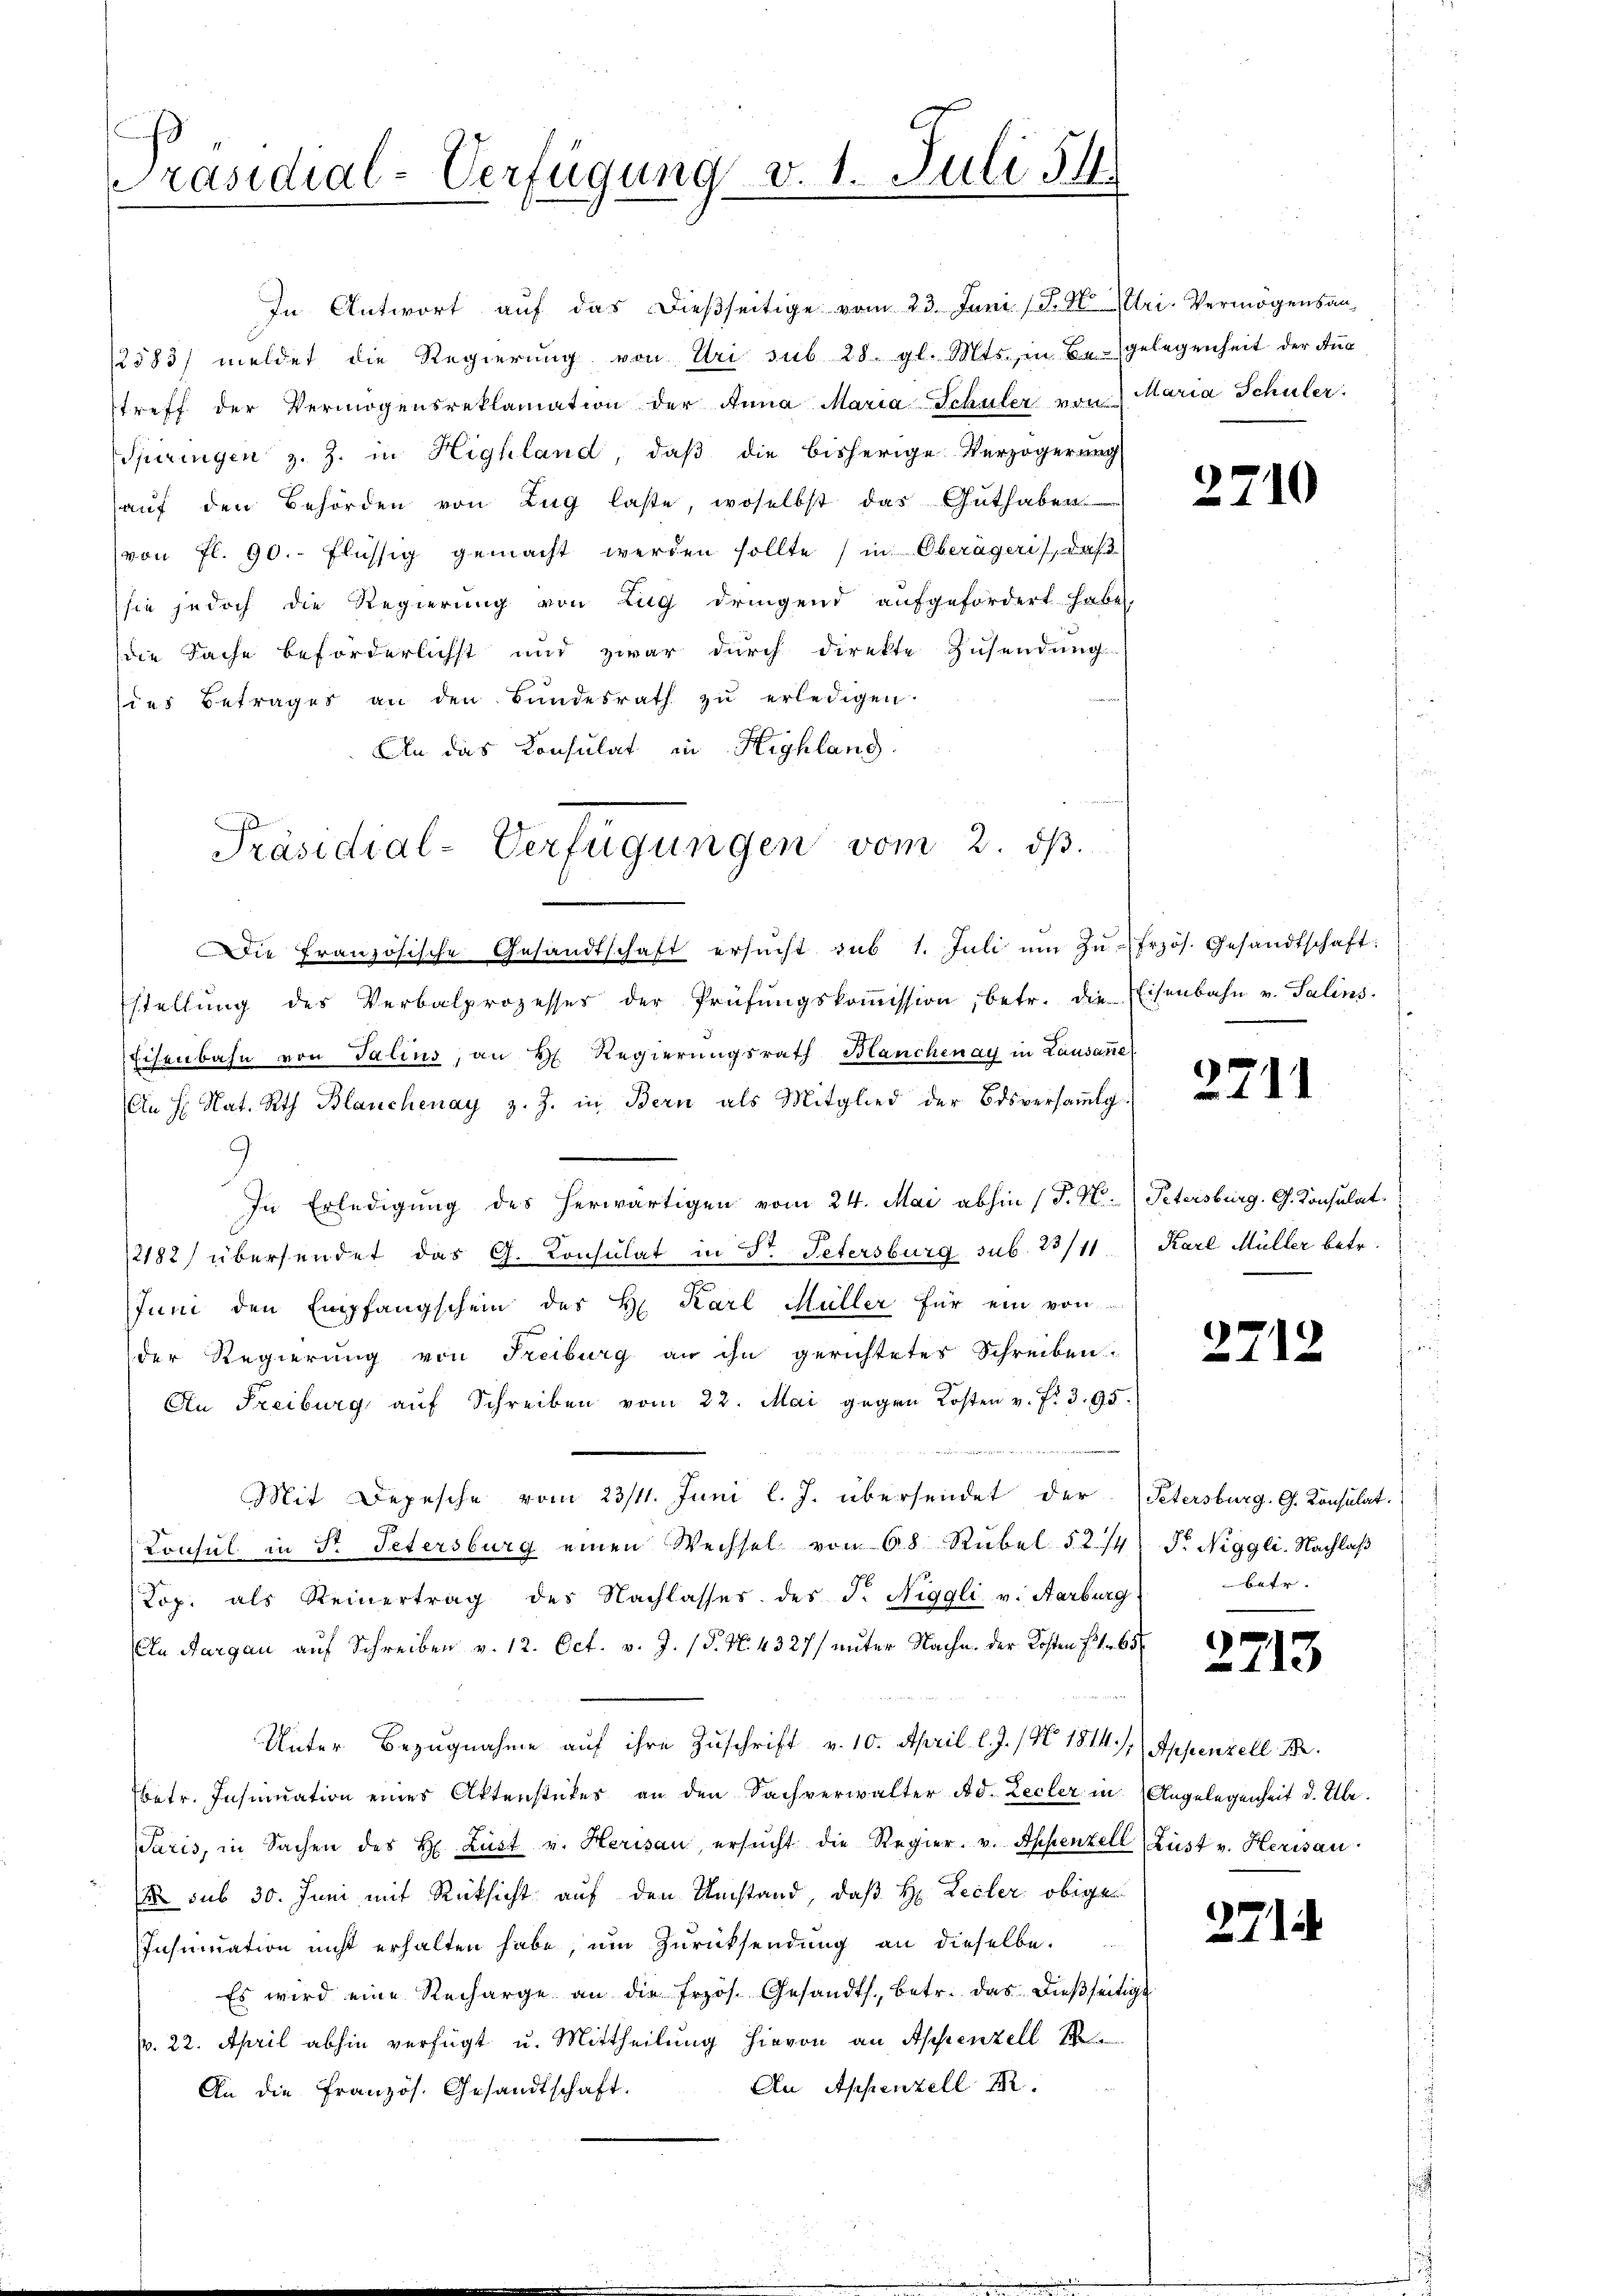
s
Präsidial-Verfügung v. 1. Juli 54.

In Antwort aŭf das dießseitige vom 23. Juni /F. N. Mltri- Vermögensan-
12583/ meldet die Regierung von Uri sub 28. gl. Mts., in Be-gelegenheit der Aus
treff der Vermögensreklamation der Anna Maria Schuler von Maria Schüler.
Spiringen z. Z. in Highland, daß die bisherige Verzögerung
aŭf den Behörden von Zug laste, woselbst das Guthaben
(von fl. 90. flüssig gemacht werden sollte (in Oberägeris, daß
sie jedoch die Regierung von Zug dringend aufgefordert habe,
die Sache beförderlichst und zwar durch direkte Zŭsendŭng
des Betrages an den Bundesrath zŭ erledigen.
An das Consulat in Highlang
Die französische Gesandtschaft ersŭcht sub 1. Jŭli ŭm Zŭ-frzös. Gesandtschaft:
stellŭng des Verbalprozesses der Prüfŭngskoṁission, betr. die Eisenbahn v. Salins.
Eisenbahn von Talins, an H. Regierungsrath Blanchenay in Lausanne
An H. Nat. Rth. Blanchenay z. Z. in Bern als Mitglied der Bdsversammlg.
9
In Erledigung des herwärtigen vom 24. Mai abhin (T. N. Petersburg. G. Konsulat
12182) übersendet das G. Consulat in Dr. Petersburg sub. 25/11
Juni den Empfangschein des H. Karl Müller für ein von
der Regierung von Freiburg an ihn gerichtetes Schreiben.
An Freiburg auf Schreiben vom 22. Mai gegen Kosten v. f. 395.
Mit Depesche vom 23/11. Juni l. J. übersendet der
Konsul in Sr. Petersburg einen Wechsel von 68 Rubel 5 2/4
Kop. als Reinertrag des Nachlasses des J. Niggli v. Aarburg
An Aargau auf Schreiben v. 12. Oct. v. J. (T. N. 4327) unter Nachn. der Kosten Fr. 65.
Unter Bezugnahme auf ihre Zuschrift v. 10. April l. J. /9 1814. /:
betr. Insinuation einer Aktenstückes an den Sachverwalter Ad. Zecler in
Paris, in Sachen des H. Lust v. Herisau, ersŭcht die Regier. v. Appenzell (Lust v. Herisau.
2 sub 30. Juni mit Rücksicht auf den Umstand, daß H: Lecler obige
Insinuation nicht erhalten habe, um Zurücksendung an dieselbe.
Es wird eine Recharge an die frzös. Gesandts. betr. das dieβseitigt
p. 22. April abhin verfügt u. Mittheilung hievon an Appenzell 18
An Appenzell I.
An die französ. Gesandtschaft.

Präsidial-Verfügungen vom 2. ds.

27.

2711

Karl Müller betr.

27.

.

¬

Petersburg, G. Konsulat.
Pr. Niggli. Nachlaß
betr.

2713

Appenzell I.
Angelegenheit d. Übe

2.